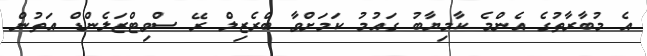
އެ މުބާރާތުގެ އެންމެ ކާމިޔާބު ގައުމު ކަމަށްވާ ބްރެޒިލް ރޭ ސްވިޓްޒަލެންޑް އަތުން